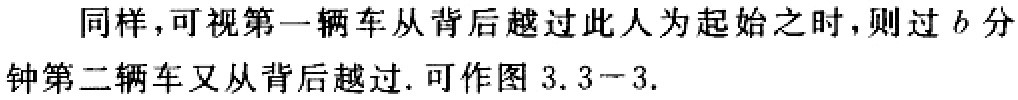
同样，可视第一辆车从背后越过此人为起始之时，则过\(b\)分钟第二辆车又从背后越过. 可作图 \(3.3 - 3\).